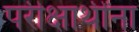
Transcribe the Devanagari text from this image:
परीक्षार्थींना